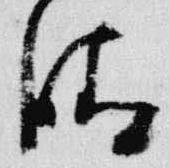
晴